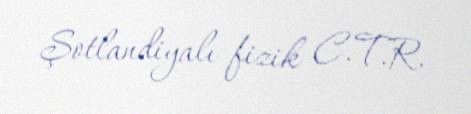
Şotlandiyalı fizik C.T.R.